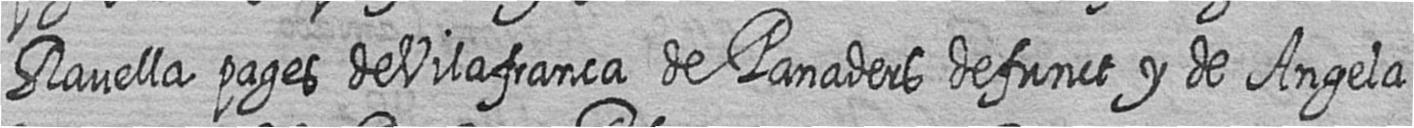
Ravella pages de Vilafranca de Panaders defunct y de Angela